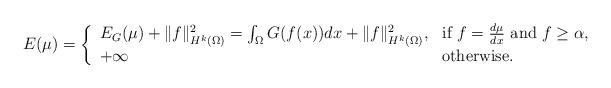
LaTeX: \begin{align*}E(\mu) = \left\{\begin{array}{ll} E_{G}(\mu) + \Vert f\Vert_{H^{k}(\Omega)}^{2} = \int_{\Omega} G(f(x)) dx+\Vert f\Vert_{H^{k}(\Omega)}^{2}, & \mbox{if}\ f =\frac{d\mu}{dx} \ \mbox{and} \ f\geq\alpha, \\+\infty & \mbox{otherwise.}\end{array}\right.\end{align*}